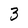
Character: 3